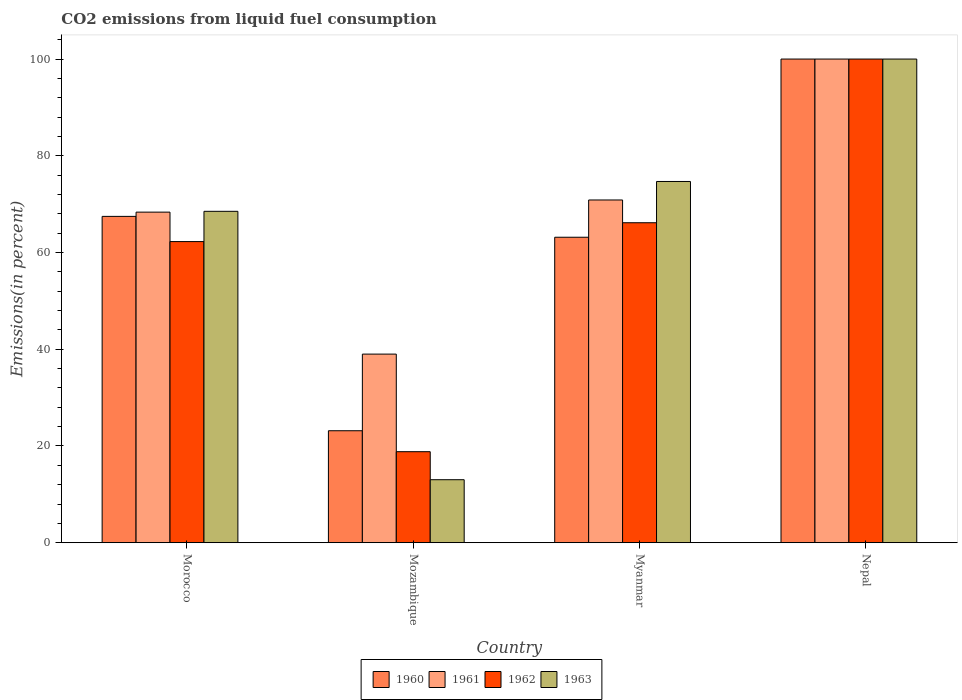
| Country | 1960 | 1961 | 1962 | 1963 |
 | --- | --- | --- | --- | --- |
 | Morocco | 67.5 | 68.3 | 62.3 | 68.5 |
 | Mozambique | 23.2 | 39 | 18.8 | 13 |
 | Myanmar | 63.2 | 70.9 | 66.2 | 74.7 |
 | Nepal | 100 | 100 | 100 | 100 |